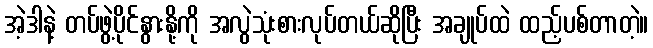
အဲ့ဒါနဲ့ တပ်ဖွဲ့ပိုင်နွားနို့ကို အလွဲသုံးစားလုပ်တယ်ဆိုပြီး အချုပ်ထဲ ထည့်ပစ်တာတဲ့။